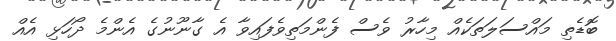
ބޮޑެތި މައްސަލަތަކެއް މިހާރު ވެސް ފެންމަތިވެފައިވާ އެ ގާނޫނުގެ އެންމެ ދޯހަޅި އެއް